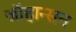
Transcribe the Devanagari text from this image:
जाॅहान्सन